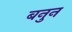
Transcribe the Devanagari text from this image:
बनुन